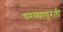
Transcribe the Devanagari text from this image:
धरण्यापुरती